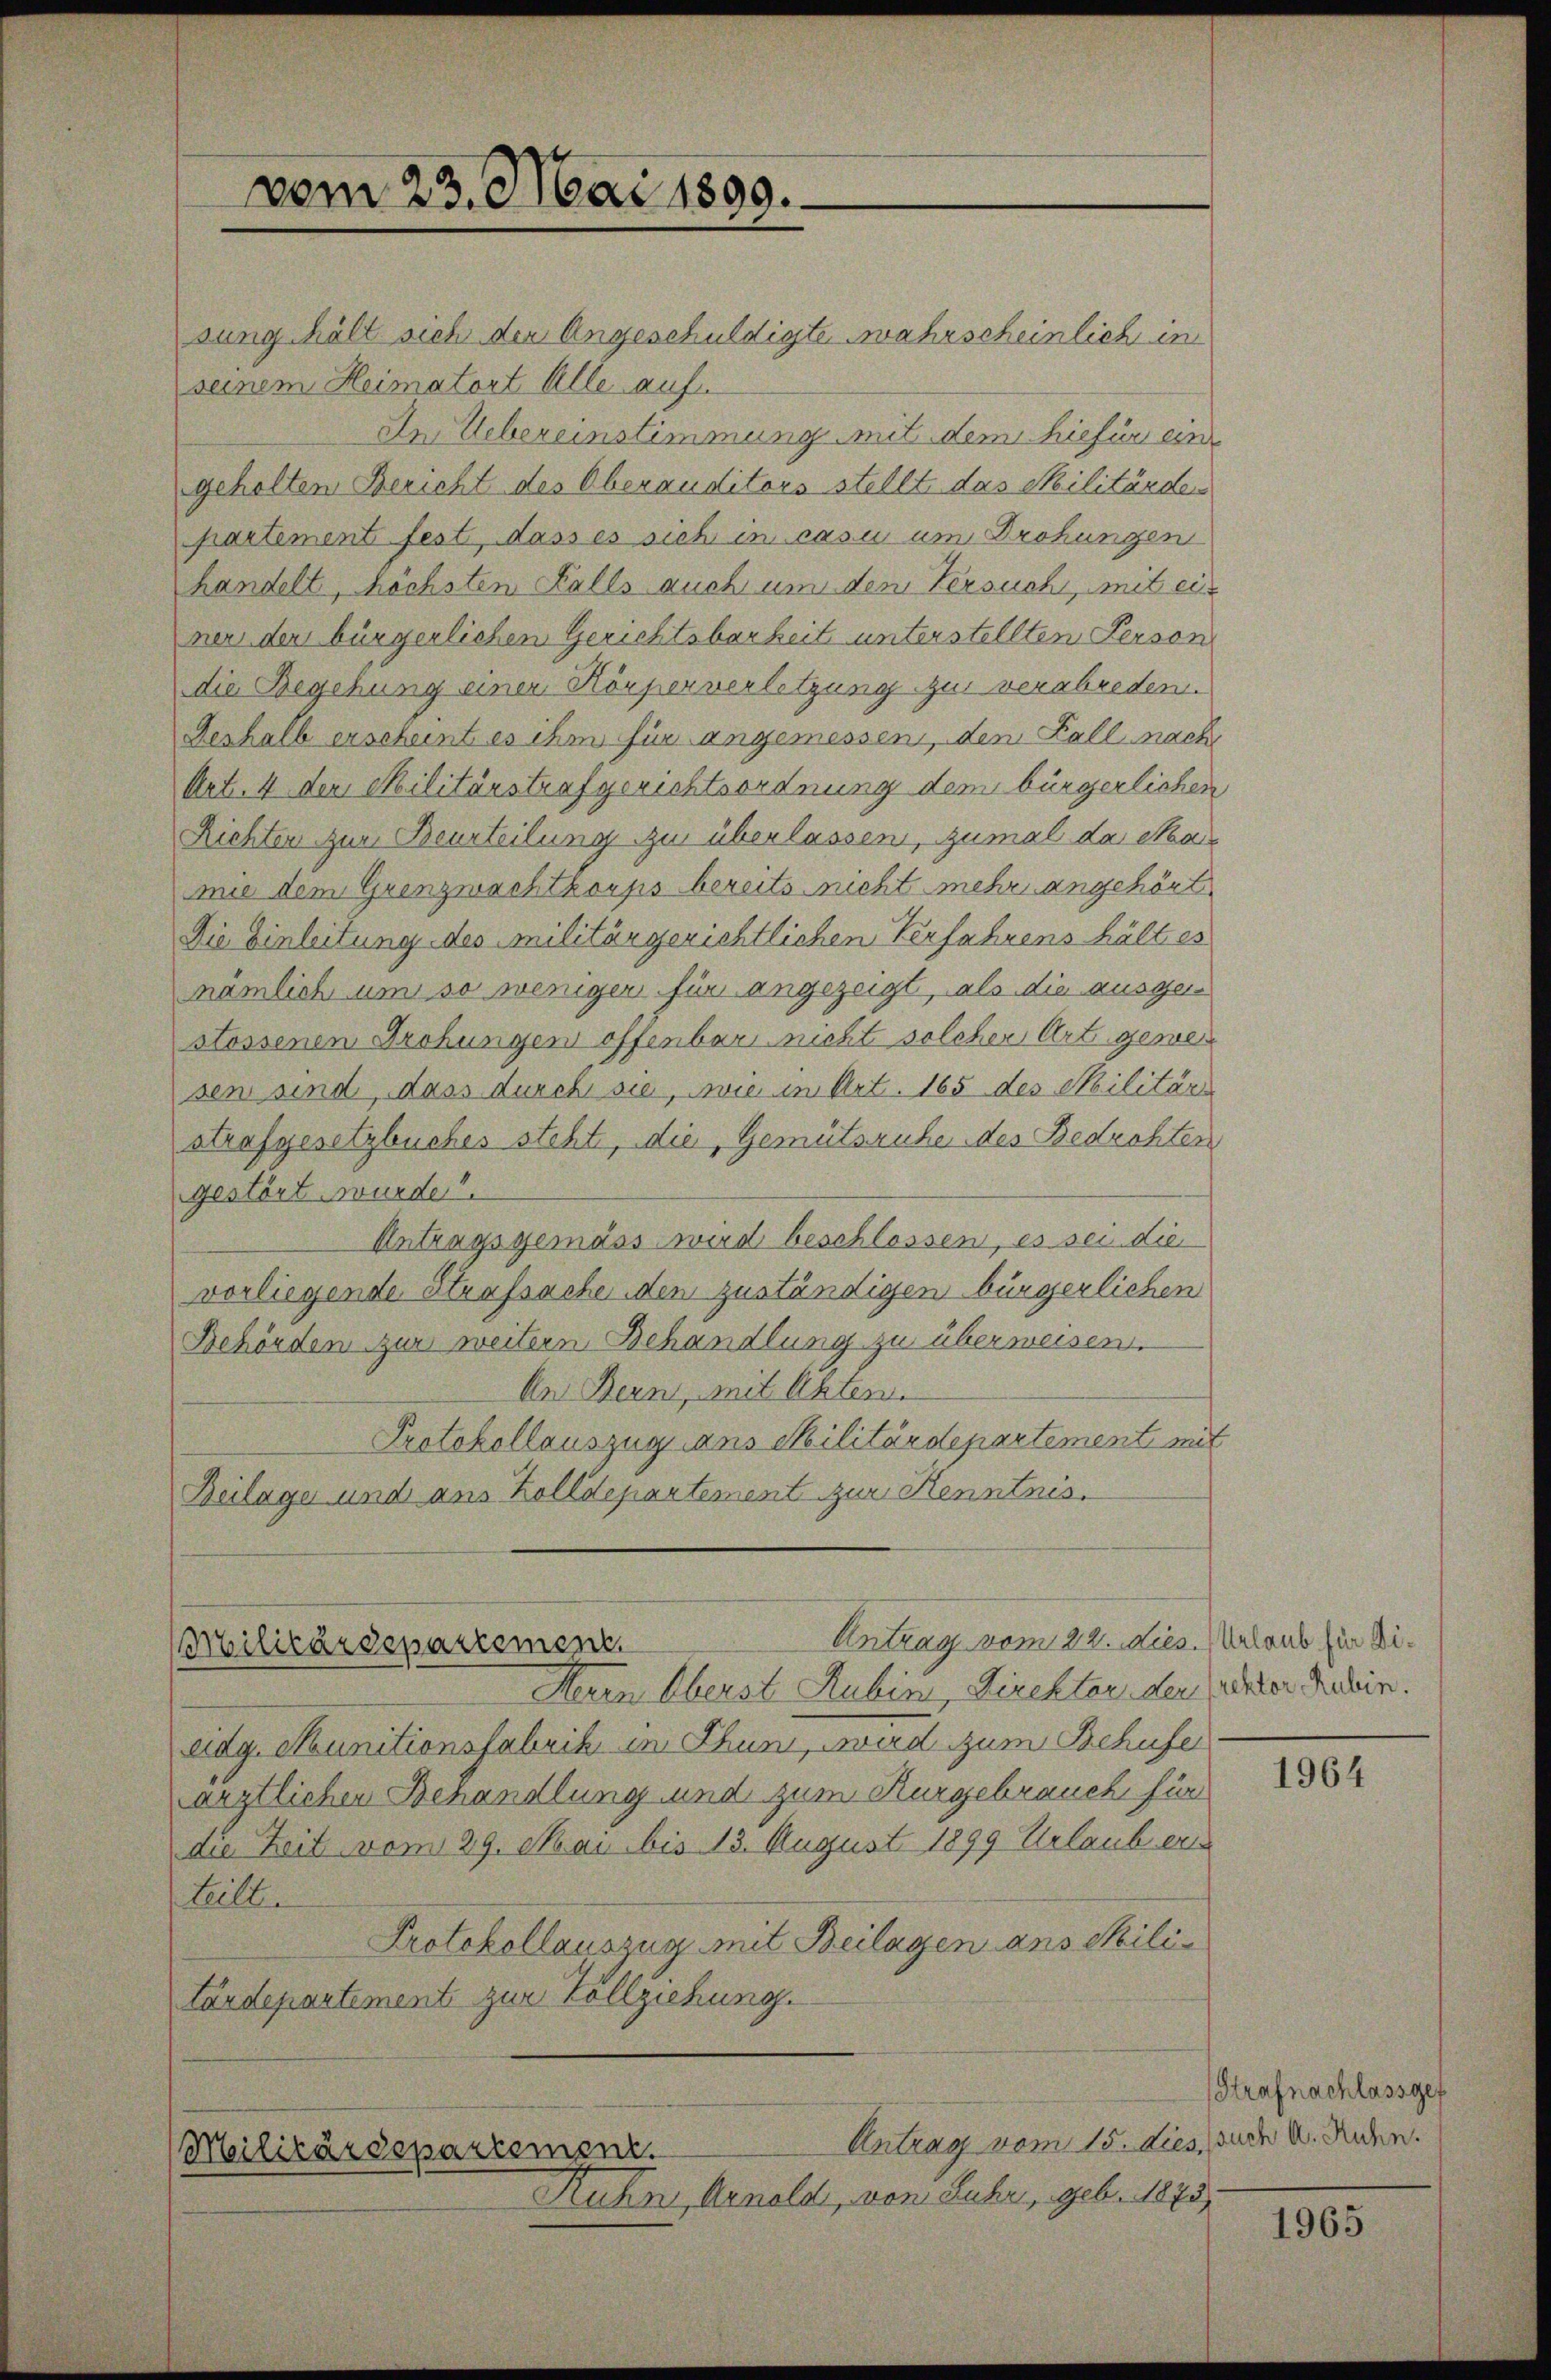
sung hält sich der Angeschuldigte wahrscheinlich in
seinem Heimatort Alle auf
In Uebereinstimmung mit dem hiefür eine
geholten Bericht des Oberauditors stellt das Militärder
partement fest, dass es sich in casu um Drohungen
handelt, höchsten Falls auch um dem Versuch, mit ein
ner der bürgerlichen Gerichtsbarkeit unterstellten Person
die Begehung einer Hörperverletzung zur verabreden.
Verhalb erscheint es ihm für angemessen, den Fall nach
Art. 4 der Militärstrafgerichtsordnung dem bürgerlichen
Richter zur Beurteilung zu überlassen, zumal da Mar
mie dem Grenzwachtkorps bereits nicht mehr angehört
Die Einleitung des Militärgerichtlichen Verfahrens hält es
nämlich um so weniger für angezeigt, als die ausgesstossenen Drohungen offenbar nicht solcher Art gewes
sen sind, dass durch sie, wie in Art. 165 des Militär
strafgesetzbuches steht, die Gemütsruhe des Bedrohten
gestört wurde.
Antragsgemäss wird beschlossen, es sei die
vorliegende Strafsache den zuständigen bürgerlichen
Behörden zur weitern Behandlung zu überweisen.
An Bern, mit Akten.
Protokollauszug aus Militärdepartement mit
Beilage und aus Zolldepartement zur Kenntnis.

vom 23. Mai 1890.

Herrn Oberst Rubin, Direkter der Pachter Relin.
adg. Munitionsfabrik in Thun, wird zum Behufe
ärztlichen Behandlung und zum Kurgebrauch für
die Zeit vom 29. Mai bis 13. August 1899 Urlaub er
Leille
Protokollauszug mit Beilagen ans Militärdepartement zur Vollziehung.

Antrag vom 22. dies. Meloub für Di¬
Militärdepartement

Antrag vom 15. dies, rede u. Jun.
Militärdepartement.

Ruhn, Arnold, von Luhr, geb. 1873

1964

Strafnachlassgeg

1965